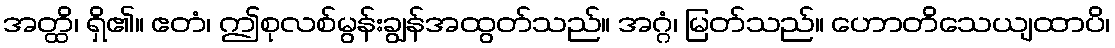
အတ္ထိ၊ ရှိ၏။ ဧတံ၊ ဤစုလစ်မွန်းချွန်အထွတ်သည်။ အဂ္ဂံ၊ မြတ်သည်။ ဟောတိသေယျထာပိ၊